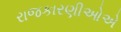
રાજકારણીઓએ